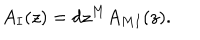
LaTeX: A _ { I } ( z ) = d z ^ { M } A _ { M I } ( z ) .